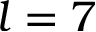
l = 7